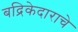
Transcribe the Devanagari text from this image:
बद्रिकेदाराचे